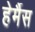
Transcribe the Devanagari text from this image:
हेर्मैस